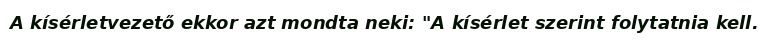
A kísérletvezető ekkor azt mondta neki: "A kísérlet szerint folytatnia kell.